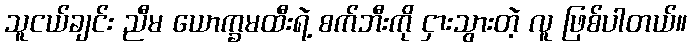
သူငယ်ချင်း ညီမ ယောက္ခမထီးရဲ့ စက်ဘီးကို ငှားသွားတဲ့ လူ ဖြစ်ပါတယ်။